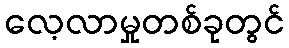
လေ့လာမှုတစ်ခုတွင်